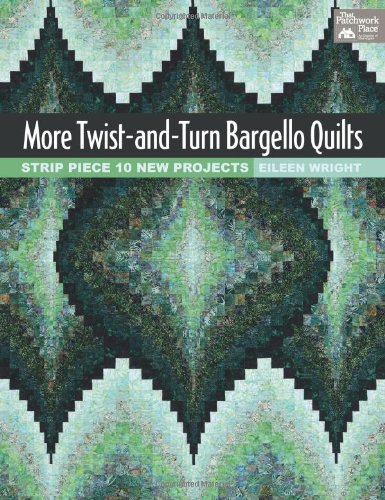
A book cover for More Twist-and-Turn Bargello Quilts: Strip Piece 10 New Projects; Eileen Wright; Crafts, Hobbies & Home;